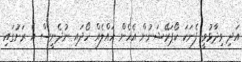
އަދި ވިދާޅުވީ ފެނަކަ ކޯޕަރޭޝަނުން އެހެން ހައްލެއް ހޯދައި ނުދެނީސް އެ ރަށުގައި